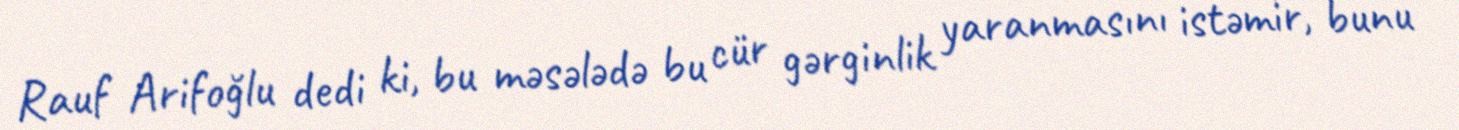
Rauf Arifoğlu dedi ki, bu məsələdə bu cür gərginlik yaranmasını istəmir, bunu